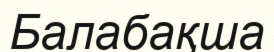
Балабақша